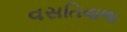
વસતિવાળા